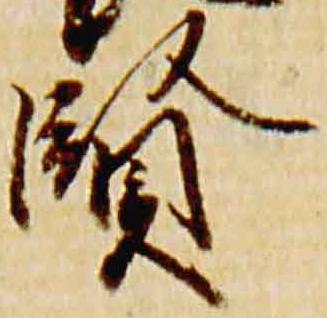
賢